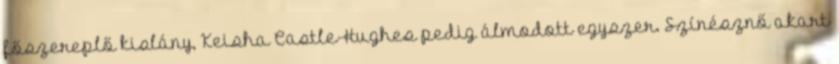
főszereplő kislány, Keisha Castle-Hughes pedig álmodott egyszer. Színésznő akart